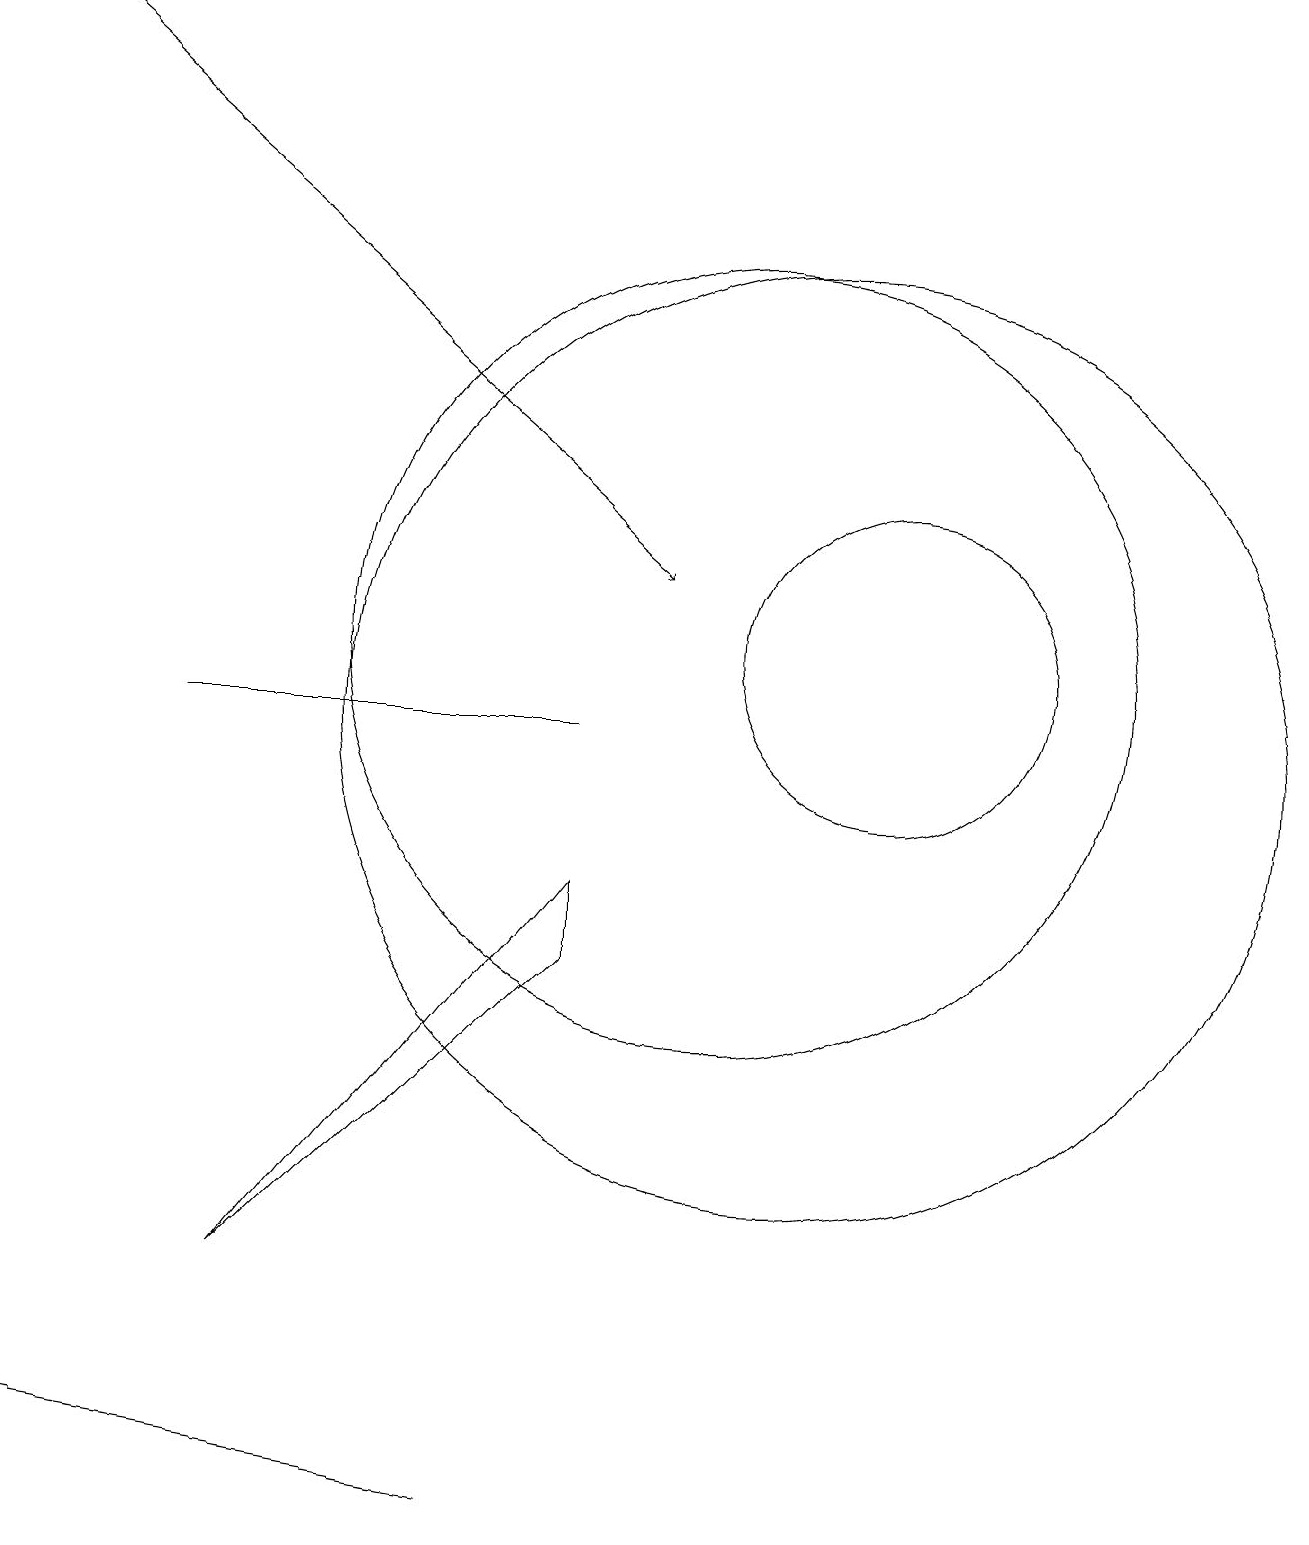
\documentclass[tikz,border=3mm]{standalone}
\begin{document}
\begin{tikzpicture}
\draw (11,10) circle (6);
\draw[->] (1,19) -- (9,12);
\draw (12,11) circle (2);
\draw (10,11) circle (5);
\draw (8,8) -- (4,3) -- (8,7) -- cycle;
\draw (7,0) -- (7,0) -- (1,1) -- cycle;
\draw (8,10) rectangle (3,10);
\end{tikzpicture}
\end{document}